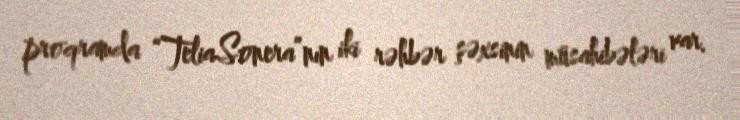
proqramda “TeliaSonera”nın iki rəhbər şəxsinin müsahibələri var.